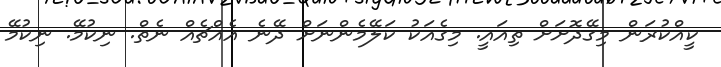
ކީއްކުރަން މިގޭދޮށަށް ތިއައީ. މިގެއަކު ކަލޭމެންނަށް ދޭނެ އެއްޗެއް ނެތް. ނިކުމޭ. ނިކުމޭ